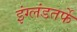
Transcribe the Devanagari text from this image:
इंग्लंडतर्फे